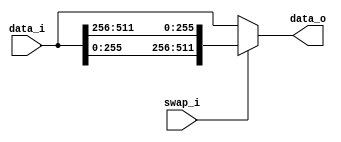
// This program was cloned from: https://github.com/NYU-MLDA/OpenABC
// License: BSD 3-Clause "New" or "Revised" License

module bsg_swap_width_p256
(
  data_i,
  swap_i,
  data_o
);

  input [511:0] data_i;
  output [511:0] data_o;
  input swap_i;
  wire [511:0] data_o;
  wire N0,N1,N2;
  assign data_o = (N0)? { data_i[255:0], data_i[511:256] } : 
                  (N1)? data_i : 1'b0;
  assign N0 = swap_i;
  assign N1 = N2;
  assign N2 = ~swap_i;

endmodule